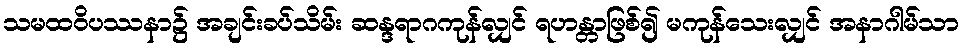
သမထဝိပဿနာ၌ အချင်းခပ်သိမ်း ဆန္ဒရာဂကုန်လျှင် ရဟန္တာဖြစ်၍ မကုန်သေးလျှင် အနာဂါမ်သာ